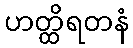
ဟတ္ထိရတနံ